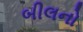
બીલનો